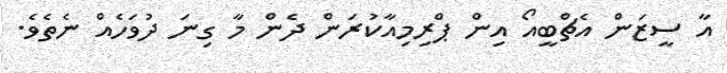
އާ ސީޒަން އެޗްބީއޯ އިން ޕްރިމިއާކުރަން ދެން މާ ގިނަ ދުވަހެއް ނެތެވެ.